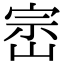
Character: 崈